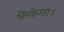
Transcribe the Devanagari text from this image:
फेंकेगा।